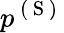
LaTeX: p^{\mathrm{~(~S~)~}}